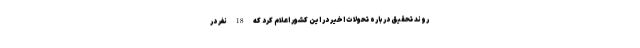
روند تحقیق درباره تحولات اخیر در این کشور اعلام کرد که 18 نفر در